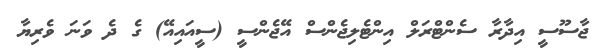
ޖާސޫސީ އިދާރާ ސެންޓްރަލް އިންޓެލިޖެންސް އޭޖެންސީ (ސީއައިއޭ) ގެ ދެ ވަނަ ވެރިޔާ